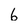
Character: 6